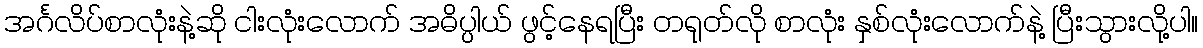
အင်္ဂလိပ်စာလုံးနဲ့ဆို ငါးလုံးလောက် အဓိပ္ပါယ် ဖွင့်နေရပြီး တရုတ်လို စာလုံး နှစ်လုံးလောက်နဲ့ ပြီးသွားလို့ပါ။